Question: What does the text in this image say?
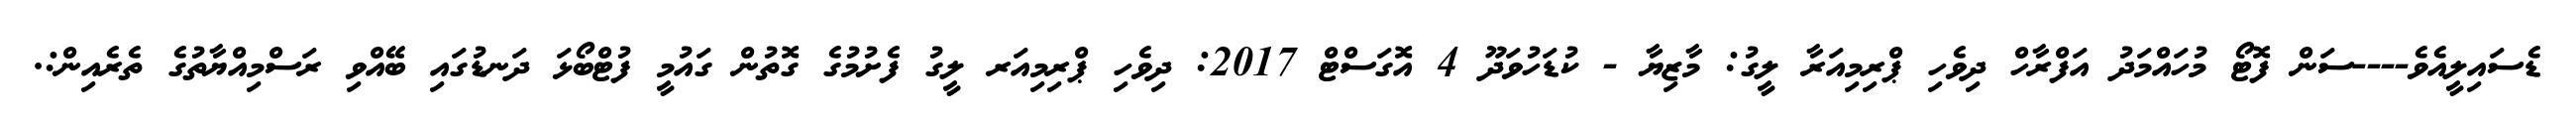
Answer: ޑެސައިލީއެވެ----ސަން ފޮޓޯ މުހައްމަދު އަފްރާހް ދިވެހި ޕްރިމިއަރާ ލީގު: މާޒިޔާ - ކުޑަހުވަދޫ 4 އޮގަސްޓް 2017: ދިވެހި ޕްރިމިއަރ ލީގު ފެށުމުގެ ގޮތުން ގައުމީ ފުޓްބޯޅަ ދަނޑުގައި ބޭއްވި ރަސްމިއްޔާތުގެ ތެރެއިން:.